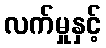
လက်မှုနှင့်